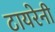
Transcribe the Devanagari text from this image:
टायरेनी